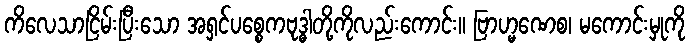
ကိလေသာငြိမ်းပြီးသော အရှင်ပစ္စေကဗုဒ္ဓါတို့ကိုလည်းကောင်း။ ဗြာဟ္မဏေစ၊ မကောင်းမှုကို